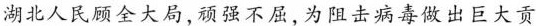
湖北人民顾全大局，顽强不屈，为阻击病毒做出巨大贡